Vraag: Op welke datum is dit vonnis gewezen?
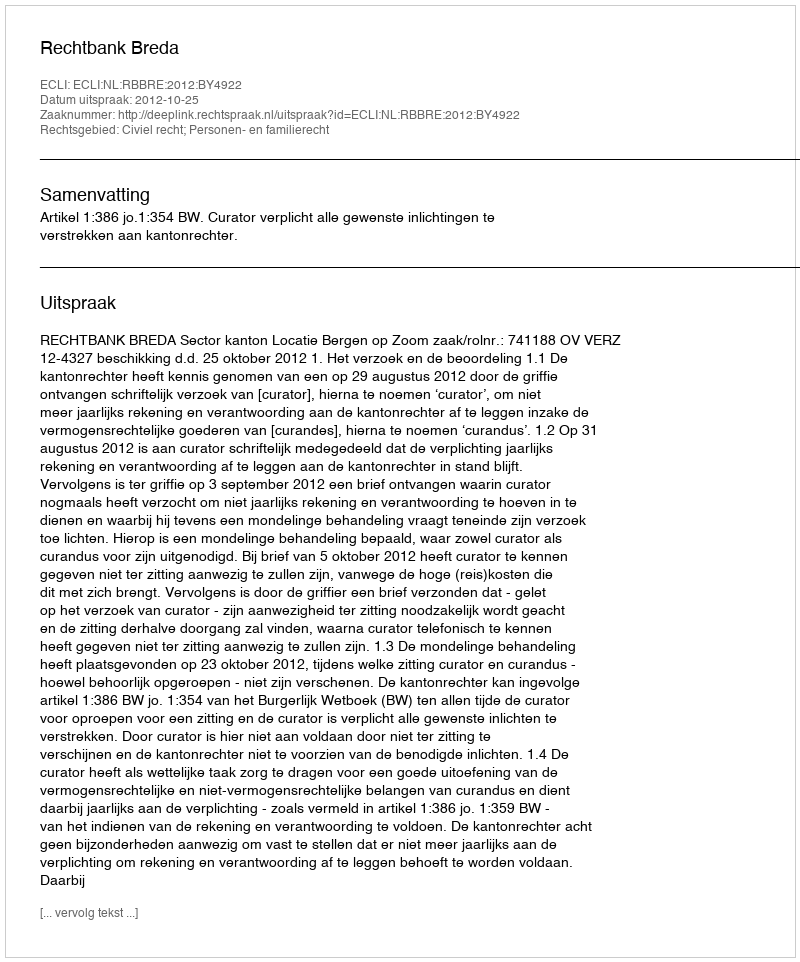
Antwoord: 2012-10-25